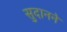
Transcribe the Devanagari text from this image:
सुदानने